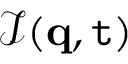
\mathcal { I } ( \mathbf { q } , \mathtt { t } )